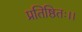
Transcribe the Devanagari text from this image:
प्रतिष्ठितः।।